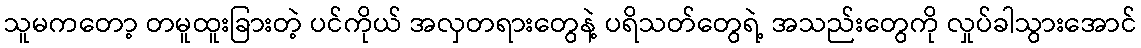
သူမကတော့ တမူထူးခြားတဲ့ ပင်ကိုယ် အလှတရားတွေနဲ့ ပရိသတ်တွေရဲ့ အသည်းတွေကို လှုပ်ခါသွားအောင်